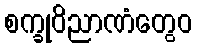
စက္ခုဝိညာဏံတွေဝ